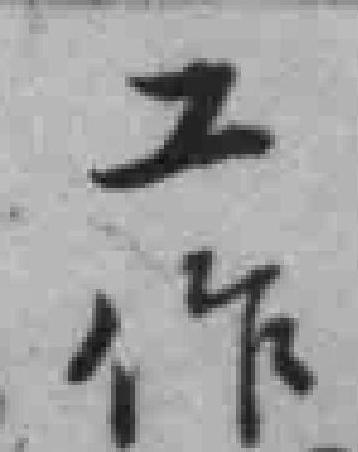
工作